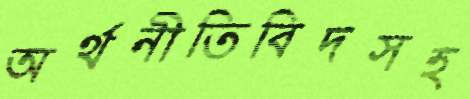
অর্থনীতিবিদসহ